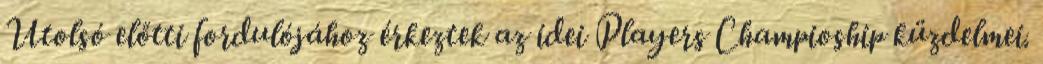
Utolsó előtti fordulójához érkeztek az idei Players Champioship küzdelmei.